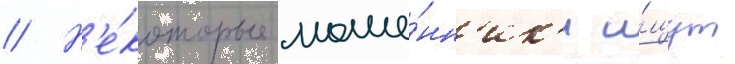
// Н'е́которые моше́нн'ик'и и́щут